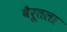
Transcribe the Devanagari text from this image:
बैरूतला